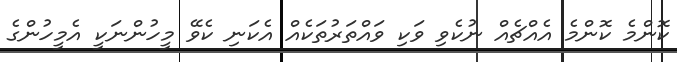
ކޮންމެ ކޮންމެ އެއްޗެއް ނުކެވި ވަކި ވައްތަރުތަކެއް އެކަނި ކެވޭ މީހުންނަކީ އެމީހުންގެ